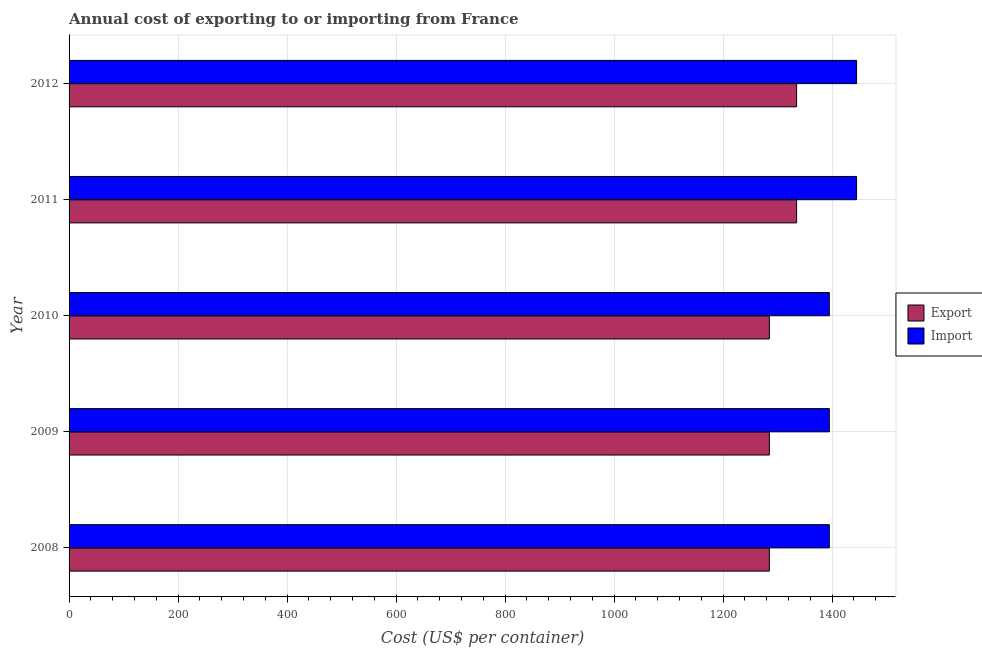
| Year | Export | Import |
 | --- | --- | --- |
 | 2008 | 1.28e+03 | 1.4e+03 |
 | 2009 | 1.28e+03 | 1.4e+03 |
 | 2010 | 1.28e+03 | 1.4e+03 |
 | 2011 | 1.34e+03 | 1.44e+03 |
 | 2012 | 1.34e+03 | 1.44e+03 |